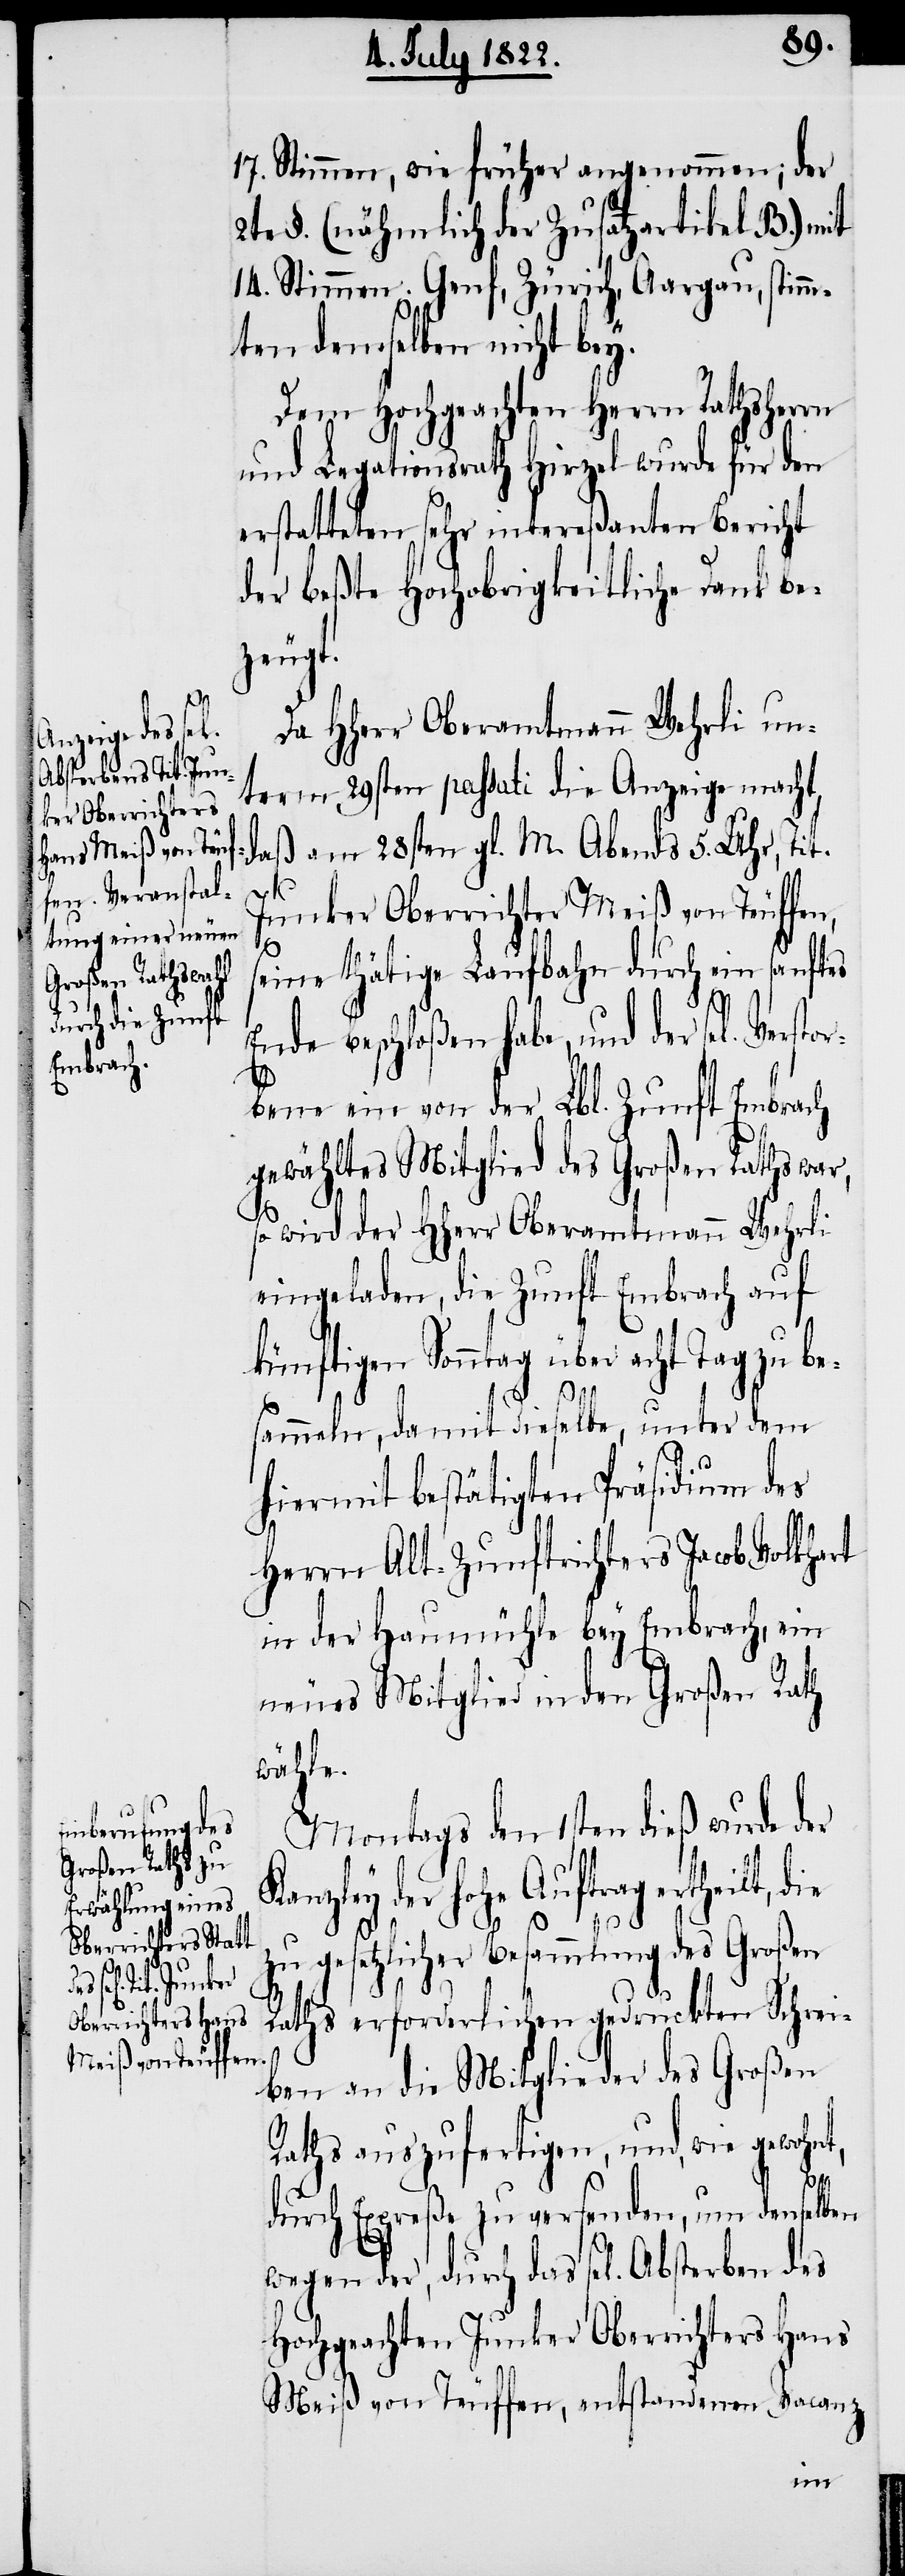
17. Stimmen, wie früher angenommen; der
2te §. (nähmlich der Zusatzartikel B.) mit
14. Stimmen. Genf, Zürich, Aargau, stimm¬
ten demselben nicht bey.
Dem Hochgeachten Herrn Rathsherrn
und Legationsrath Hirzel wurde für den
erstatteten sehr intereßanten Bericht
der beßte Hochobrigkeitliche Dank be¬
zeugt.
Da HHerr Oberamtmann Wehrli un¬
term 29sten passati die Anzeige macht,
daß am 28sten gl. M. Abends 5. Uhr, Tit.
Junker Oberrichter Meiß von Teuffen,
eine thätige Laufbahn durch ein sanftes
Ende beschloßen habe, und der sel. Verstor¬
bene ein von der Lbl. Zunft Embrach
gewähltes Mitglied des Großen Raths war,
t,
so wird der HHerr Oberamtmann Wehrli
eingeladen, die Zunft Embrach auf
künftigen Sonntag über acht Tag zu be¬
sammeln, damit dieselbe, unter dem
hiermit bestätigten Präsidium des
Herrn Alt-Zunftrichters Jacob Volkhart
in der Haumühle bey Embrach, ein
neues Mitglied in den Großen Rath
wähle.
Montags den 1sten dieß wurde der
Kanzley der Hohe Auftrag ertheilt, die
zu gesetzlicher Besammlung des Großen
Raths erforderlichen gedruckten Schrei¬
ben an die Mitglieder des Großen
Raths auszufertigen, und, wie gewohn¬
durch Expreße zu versenden, um denselben
wegen der, durch das sel. Absterben des
Hochgeachten Junker Oberrichters Hans
Meiß von Teuffen, entstandenen Vacanz